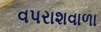
વપરાશવાળા